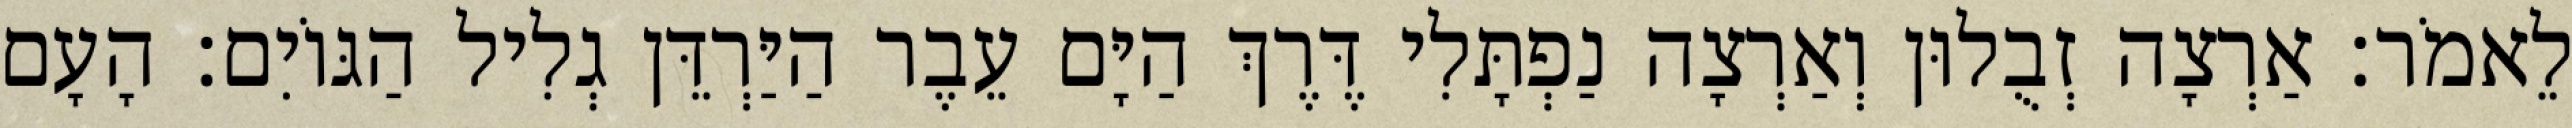
לֵאמֹר׃ אַרְצָה זְבֻלוּן וְאַרְצָה נַפְתָּלִי דֶּרֶךְ הַיָּם עֵבֶר הַיַּרְדֵּן גְלִיל הַגּוֹיִם׃ הָעָם